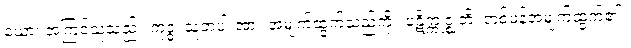
ယော၊ အကြင်သူသည်။ ကုဒ္ဓံ၊ သူတပါးအား အမျက်ထွက်သည်ကို။ ပဋိက္ကုဇ္ဈတိ၊ တစ်ဖန်အမျက်ထွက်၏။